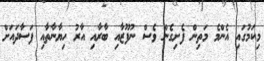
މިކަމުގައި އެންމެ މަތިން ފެށިގެން ވެސް ނުފޫޒާއި ބާރާއި އާރު ހިޔާނާތާއި ފަސާދައަށް